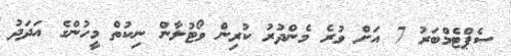
ސެޕްޓެމްބަރު 7 އަށް ވުރެ މެންދުރު ކުރިން ވޯޓުލާން ނިކުތް މީހުންގެ އަދަދު